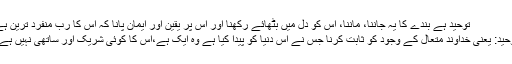
توحید ہے بندے کا یہ جاننا، ماننا، اس کو دِل میں بٹھائے رکھنا اور اس پر یقین اور ایمان پانا کہ اس کا رب منفرد ترین ہے
توحید: یعنی خداوند متعال کے وجود کو ثابت کرنا جس نے اس دنیا کو پیدا کیا ہے وہ ایک ہے،اس کا کوئی شریک اور ساتھی نہیں ہے ۔